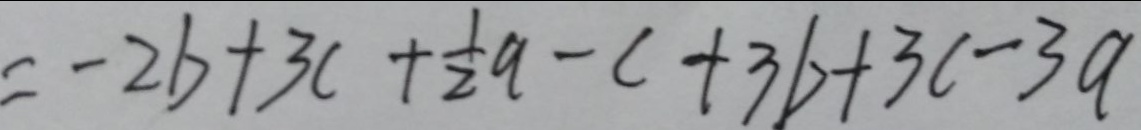
= - 2 b + 3 c + \frac { 1 } { 2 } a - c + 3 b + 3 c - 3 a